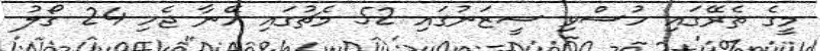
މީގެ ތެރޭގައި ހުސްވި ސީޒަނުގައި 52 މެޗުގައި އޭނާ ޖެހި 24 ގޯލު